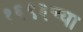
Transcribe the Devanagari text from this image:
१६९३च्या